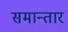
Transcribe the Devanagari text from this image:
समान्तार